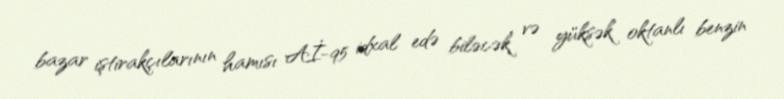
bazar iştirakçılarının hamısı Aİ-95 idxal edə biləcək və yüksək oktanlı benzin